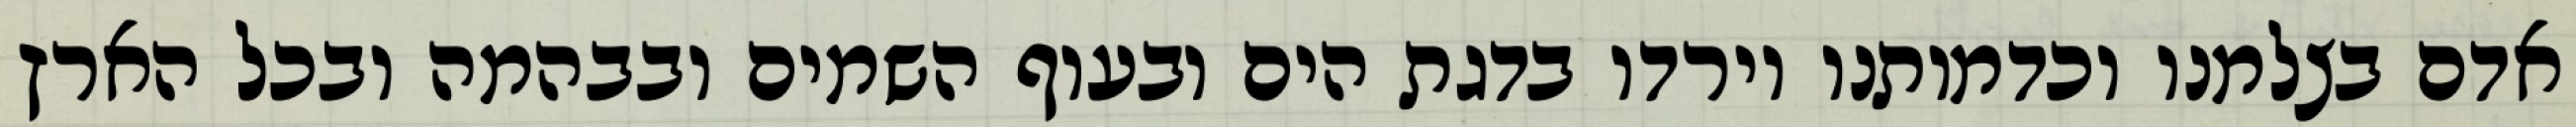
אדם בצלמנו וכדמותנו וירדו בדגת הים ובעוף השמים ובבהמה ובכל הארץ